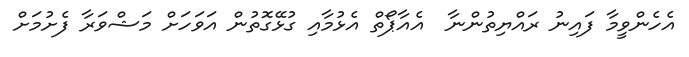
އެހެންވީމާ ފައިނު ރައްޔިތުންނާ  އެއާޕޯތް އެޅުމާއި ގުޅޭގޮތުން އަވަހަށް މަޝްވަރާ ފެށުމަށް